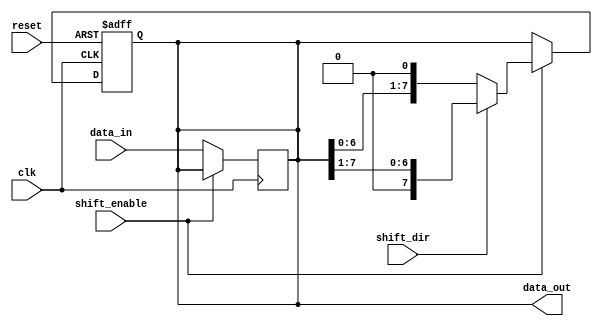
module ShiftRegister #(
    parameter WIDTH = 8 // Default width of the shift register
)(
    input wire clk,             // Clock signal
    input wire reset,           // Asynchronous reset
    input wire shift_enable,     // Shift control signal
    input wire shift_dir,       // Shift direction: 0 for left, 1 for right
    input wire [WIDTH-1:0] data_in, // Parallel data input
    output reg [WIDTH-1:0] data_out // Parallel data output
);

    // Asynchronous reset and shifting behavior
    always @(posedge clk or posedge reset) begin
        if (reset) begin
            data_out <= {WIDTH{1'b0}}; // Clear the register to zero
        end else if (shift_enable) begin
            if (shift_dir) begin
                // Shift right
                data_out <= {1'b0, data_out[WIDTH-1:1]};
            end else begin
                // Shift left
                data_out <= {data_out[WIDTH-2:0], 1'b0};
            end
        end else begin
            // Retain previous state
            data_out <= data_out;
        end
    end

    // Load data_in into data_out when not shifting
    always @(posedge clk) begin
        if (!shift_enable) begin
            data_out <= data_in;
        end
    end

endmodule